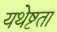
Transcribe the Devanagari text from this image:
यथेष्टता